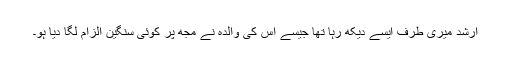
ارشد میری طرف ایسے دیکھ رہا تھا جیسے اس کی والدہ نے مجھ پر کوئی سنگین الزام لگا دیا ہو۔